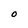
Character: O